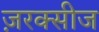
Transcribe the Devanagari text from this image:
ज़रक्सीज